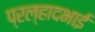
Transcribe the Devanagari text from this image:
प्रल्हादभाई